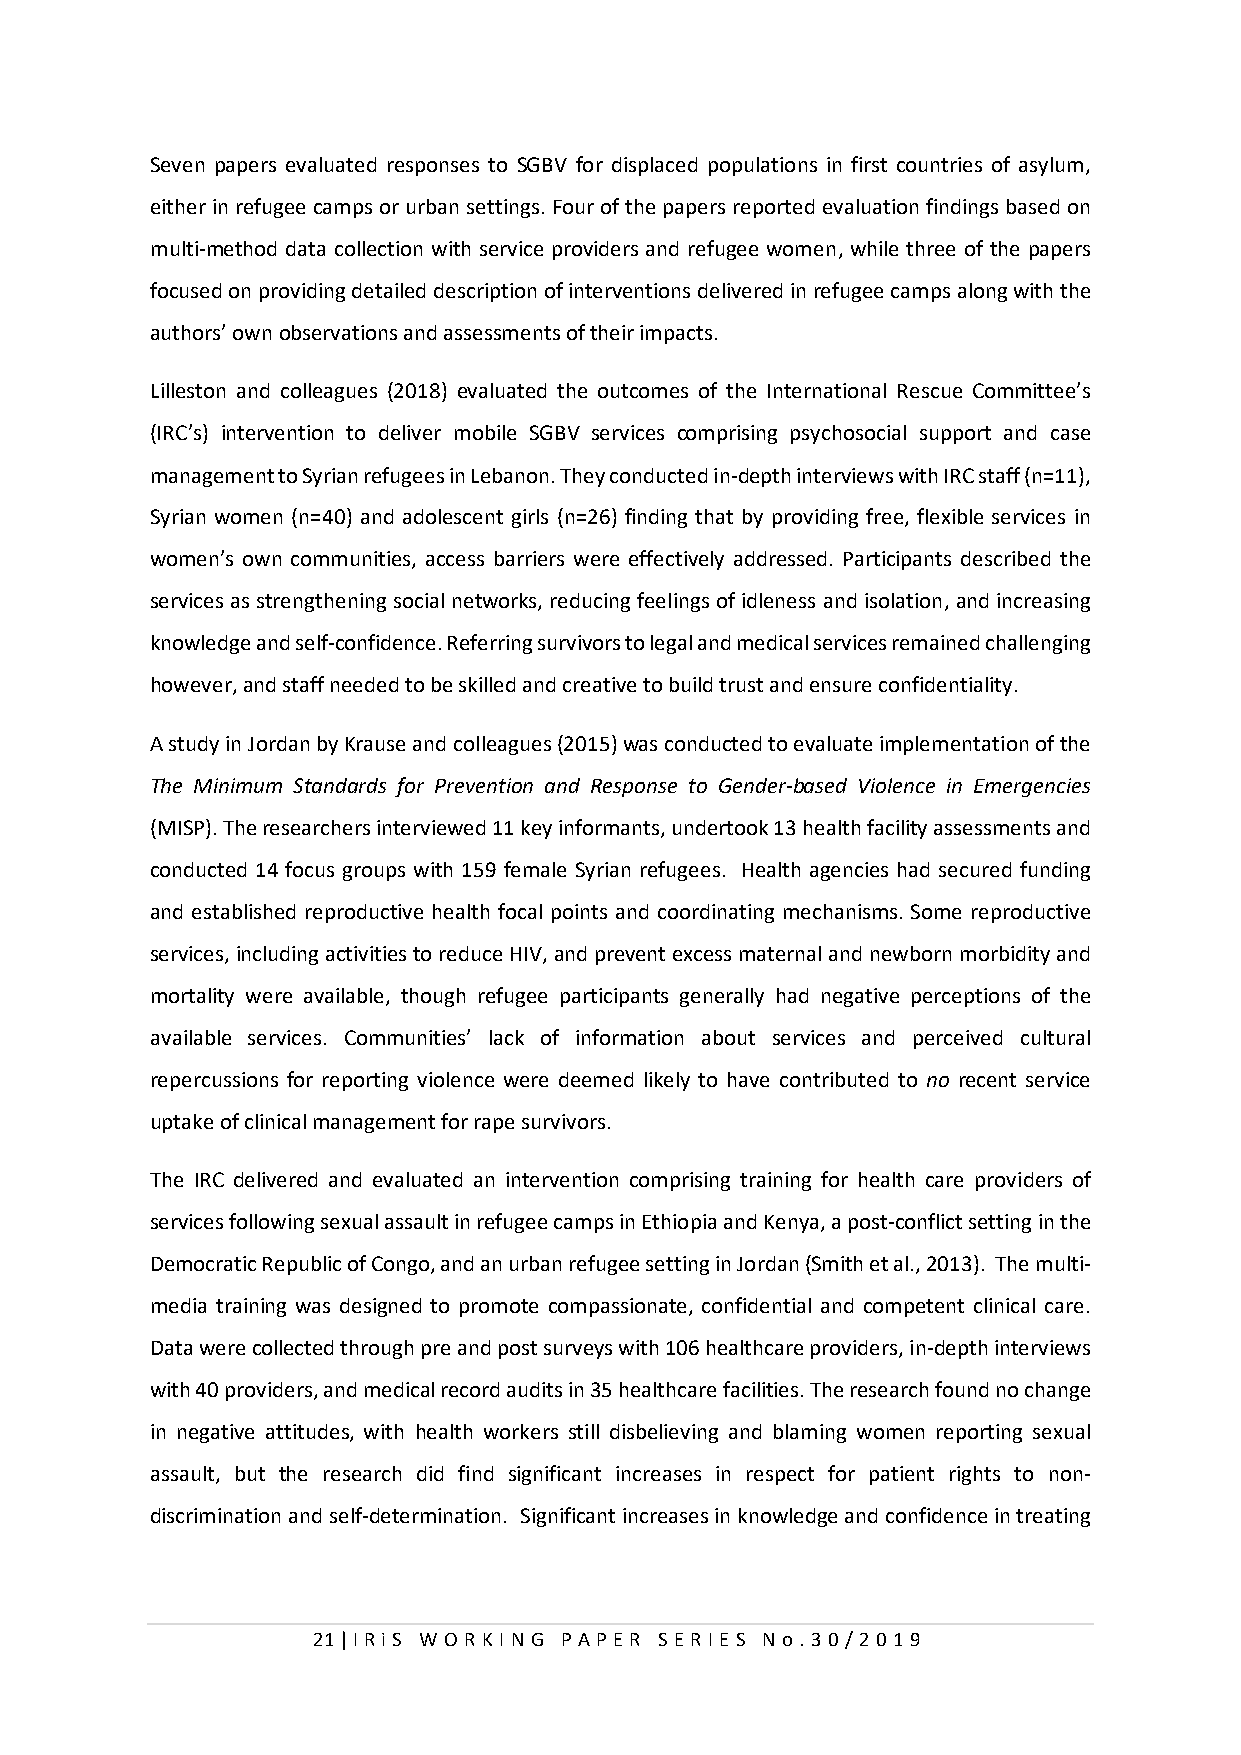
Seven papers evaluated responses to SGBV for displaced populations in first countries of asylum,
 either in refugee camps or urban settings. Four of the papers reported evaluation findings based on
 multi-method data collection with service providers and refugee women, while three of the papers
 focused on providing detailed description of interventions delivered in refugee camps along with the
 authors’ own observations and assessments of their impacts.
 Lilleston and colleagues (2018) evaluated the outcomes of the International Rescue Committee’s
 (IRC’s) intervention to deliver mobile SGBV services comprising psychosocial support and case
 management to Syrian refugees in Lebanon. They conducted in-depth interviews with IRC staff (n=11),
 Syrian women (n=40) and adolescent girls (n=26) finding that by providing free, flexible services in
 women’s own communities, access barriers were effectively addressed. Participants described the
 services as strengthening social networks, reducing feelings of idleness and isolation, and increasing
 knowledge and self-confidence. Referring survivors to legal and medical services remained challenging
 however, and staff needed to be skilled and creative to build trust and ensure confidentiality.
 A study in Jordan by Krause and colleagues (2015) was conducted to evaluate implementation of the
 The Minimum Standards for Prevention and Response to Gender-based Violence in Emergencies
 (MISP). The researchers interviewed 11 key informants, undertook 13 health facility assessments and
 conducted 14 focus groups with 159 female Syrian refugees. Health agencies had secured funding
 and established reproductive health focal points and coordinating mechanisms. Some reproductive
 services, including activities to reduce HIV, and prevent excess maternal and newborn morbidity and
 mortality were available, though refugee participants generally had negative perceptions of the
 available services. Communities’ lack of information about services and perceived cultural
 repercussions for reporting violence were deemed likely to have contributed to no recent service
 uptake of clinical management for rape survivors.
 The IRC delivered and evaluated an intervention comprising training for health care providers of
 services following sexual assault in refugee camps in Ethiopia and Kenya, a post-conflict setting in the
 Democratic Republic of Congo, and an urban refugee setting in Jordan (Smith et al., 2013). The multi-
 media training was designed to promote compassionate, confidential and competent clinical care.
 Data were collected through pre and post surveys with 106 healthcare providers, in-depth interviews
 with 40 providers, and medical record audits in 35 healthcare facilities. The research found no change
 in negative attitudes, with health workers still disbelieving and blaming women reporting sexual
 assault, but the research did find significant increases in respect for patient rights to non-
 discrimination and self-determination. Significant increases in knowledge and confidence in treating
 21 | I RiS W O RKI N G P AP E R SE RI E S N o . 30/201 9